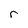
Character: r